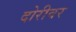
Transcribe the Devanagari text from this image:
दोरीवर